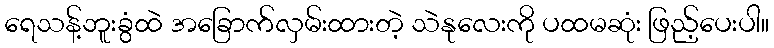
ရေသန့်ဘူးခွံထဲ အခြောက်လှမ်းထားတဲ့ သဲနုလေးကို ပထမဆုံး ဖြည့်ပေးပါ။